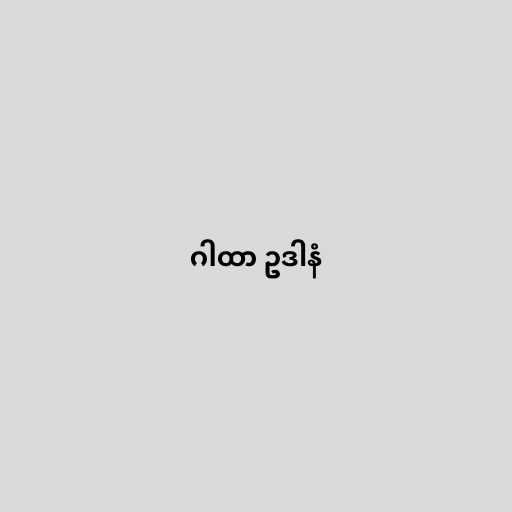
ဂါထာ ဥဒါနံ